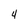
Character: 4